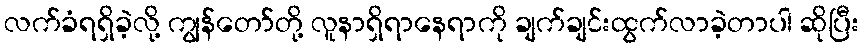
လက်ခံရရှိခဲ့လို့ ကျွန်တော်တို့ လူနာရှိရာနေရာကို ချက်ချင်းထွက်လာခဲ့တာပါ ဆိုပြီး